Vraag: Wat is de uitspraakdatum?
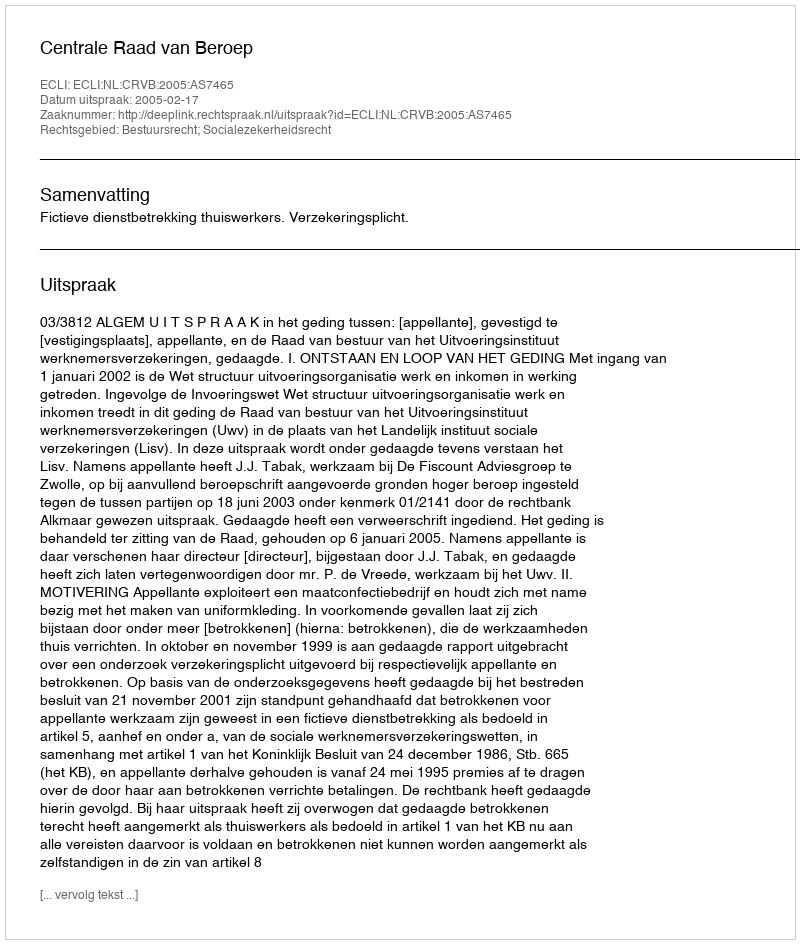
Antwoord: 2005-02-17